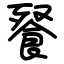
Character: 䬸